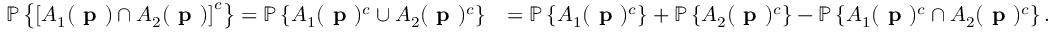
\begin{array} { r l } { \mathbb { P } \left\{ \left[ A _ { 1 } ( \textbf { p } ) \cap A _ { 2 } ( \textbf { p } ) \right] ^ { c } \right\} = \mathbb { P } \left\{ A _ { 1 } ( \textbf { p } ) ^ { c } \cup A _ { 2 } ( \textbf { p } ) ^ { c } \right\} } & { = \mathbb { P } \left\{ A _ { 1 } ( \textbf { p } ) ^ { c } \right\} + \mathbb { P } \left\{ A _ { 2 } ( \textbf { p } ) ^ { c } \right\} - \mathbb { P } \left\{ A _ { 1 } ( \textbf { p } ) ^ { c } \cap A _ { 2 } ( \textbf { p } ) ^ { c } \right\} . } \end{array}